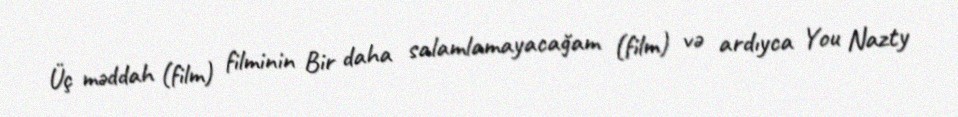
Üç məddah (film) filminin Bir daha salamlamayacağam (film) və ardıyca You Nazty